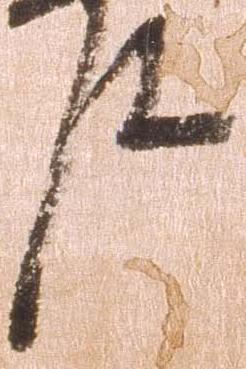
件